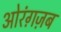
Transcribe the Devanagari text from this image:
ओरंग़ज़ब